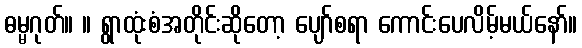
ဓမ္မဂုတ်။ ။ ရွာထုံးစံအတိုင်းဆိုတော့ ပျော်စရာ ကောင်းပေလိမ့်မယ်နော်။